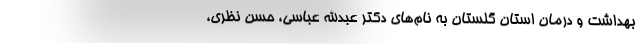
بهداشت و درمان استان گلستان به نام‌های دکتر عبدالله عباسی، حسن نظری،